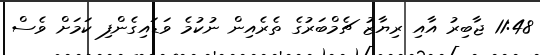
11:48 ޖާބިރު އާއި ރިޔާޒު ޗެމްބަރުގެ ތެރެއިން ނުކުމެ ވަޑައިގެންފި ކަމަށް ވެސް